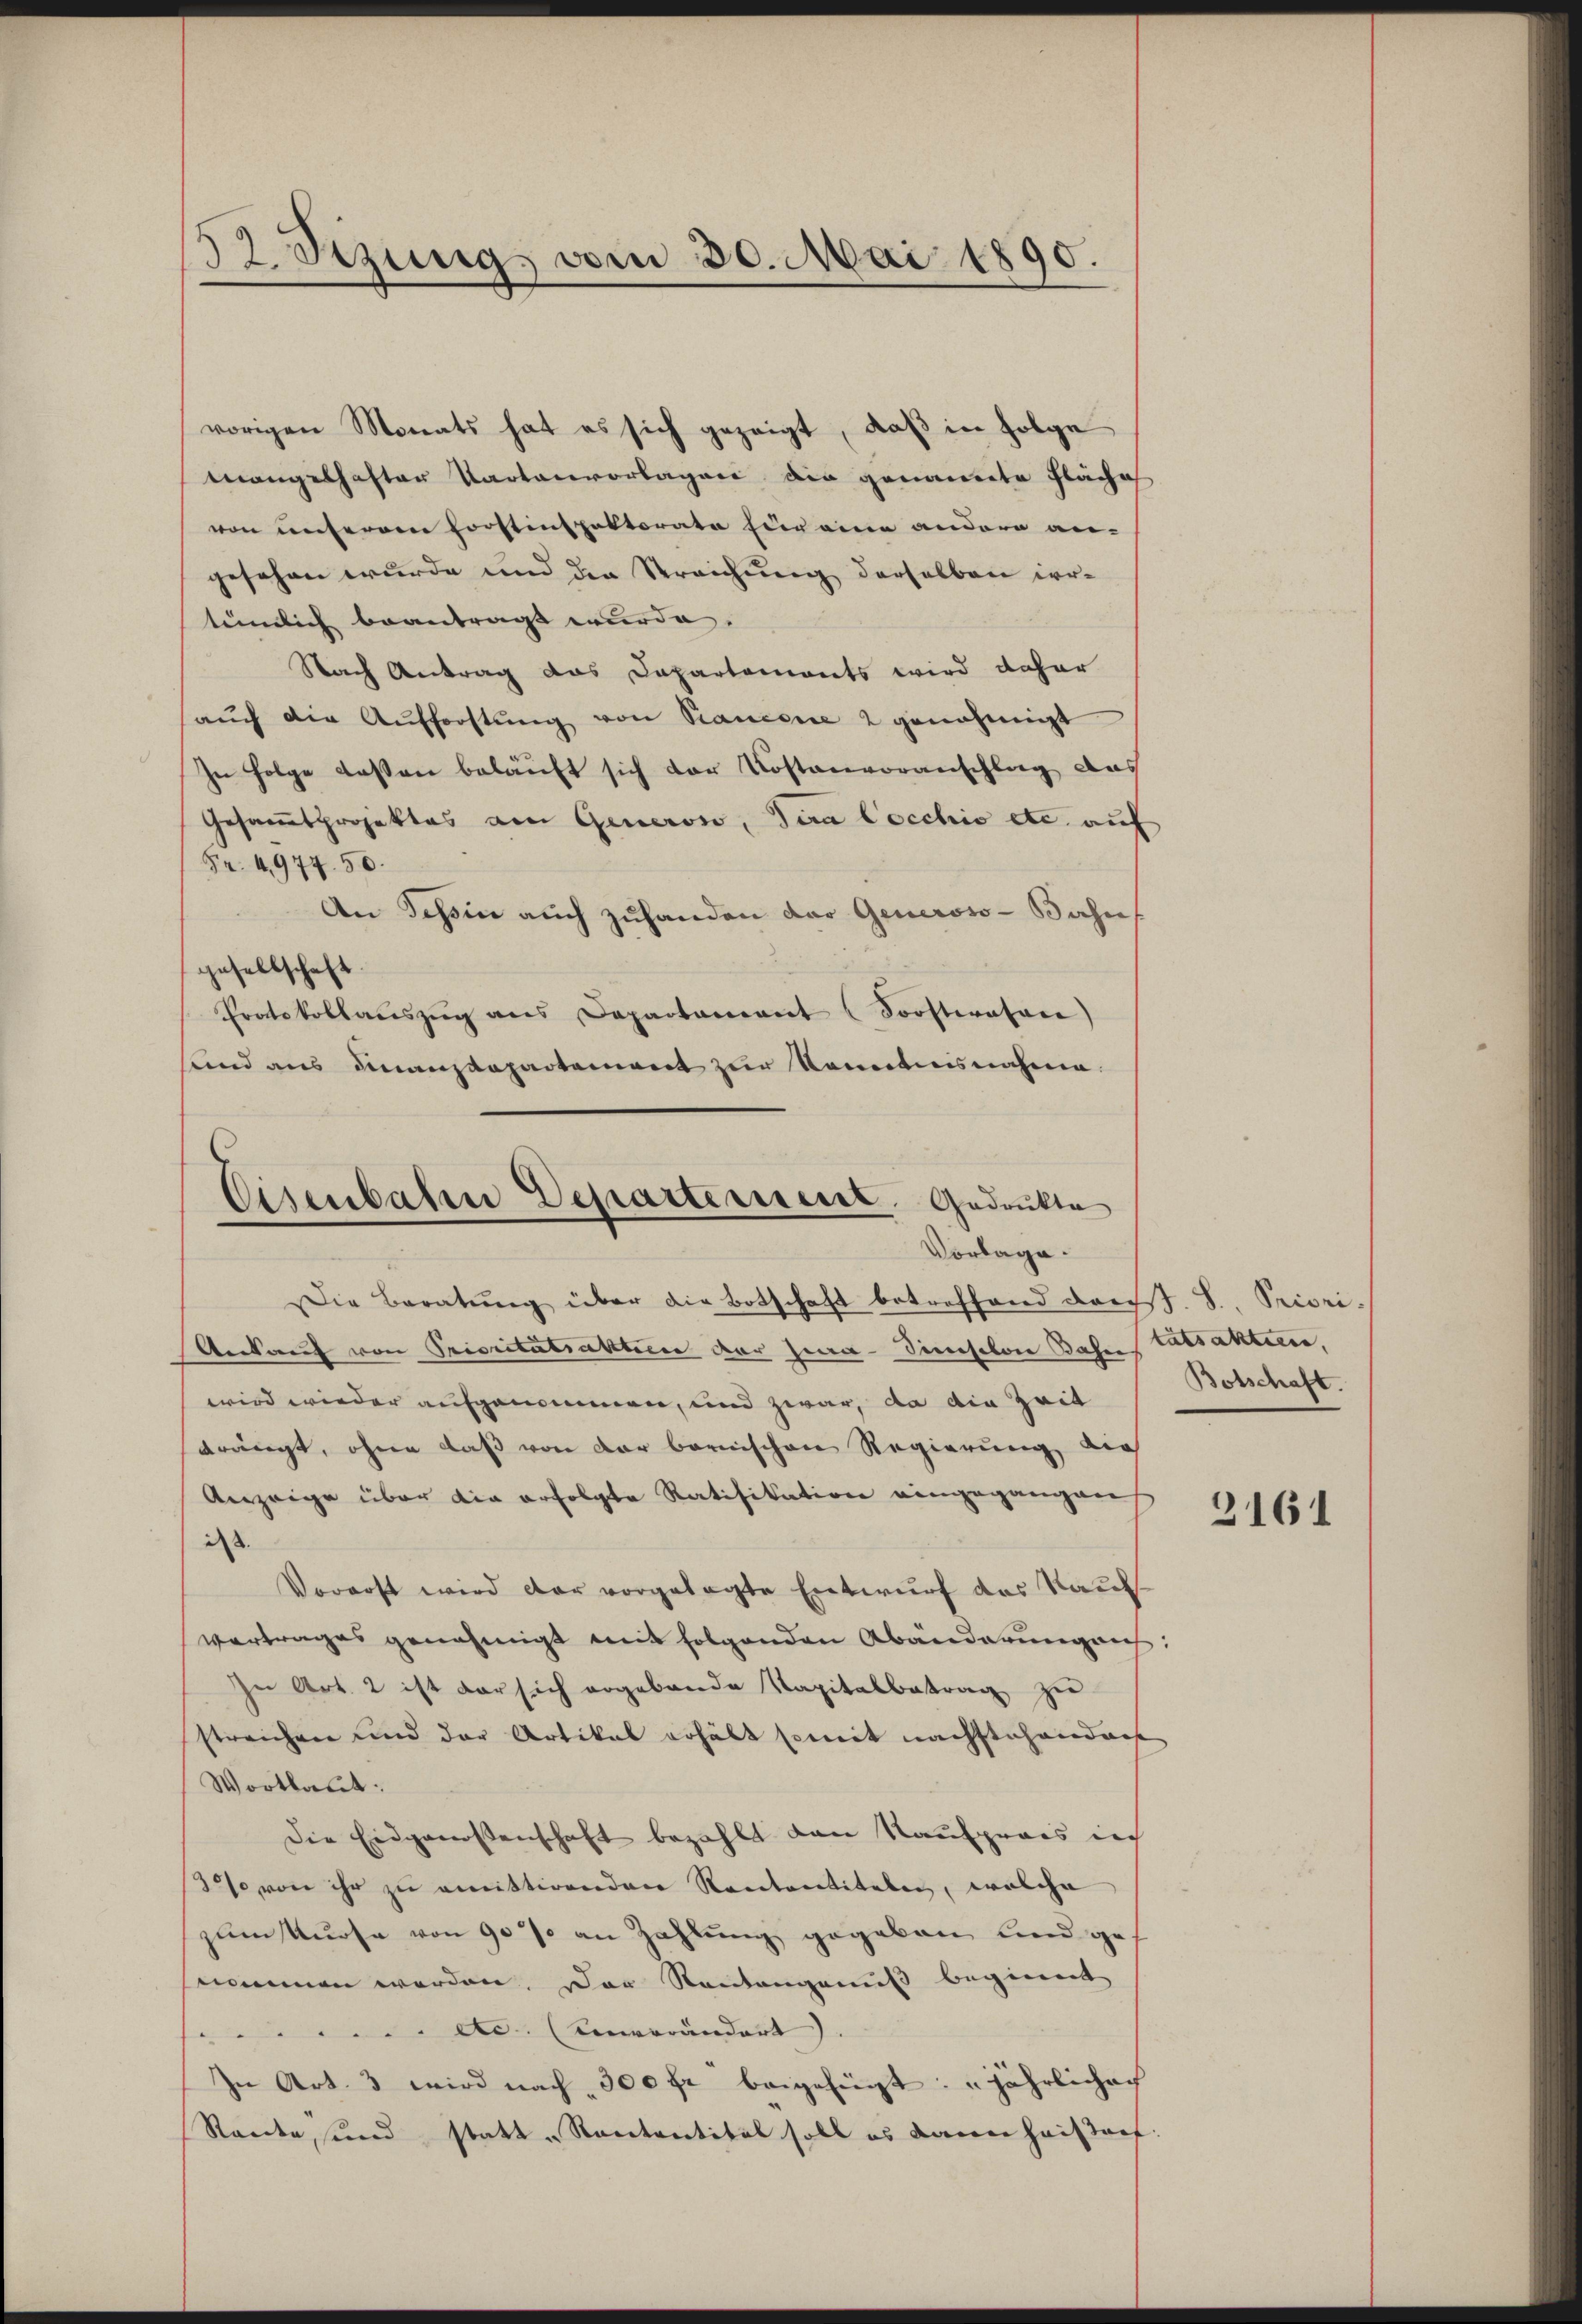
52. Setzung vom 30. Mai 1890.

vorigen Monats hat es sich gezeigt, daß in Folge
mangelhaften Kartenvorlagen ain genannte Fläches
von unserem Forstinspektorate für eine andern an-
gesehen wurde und der Streichung derselben irrtümlich beantragt wurde.
Nach Antrag das Departements wird daher
saŭch die Aufforstŭng von Piancene 2 genehmigt
In Folge dassen beläuft sich der Kostenvoranschlag das
Gesamtprojektes am Generos, Tira Cocchio etc. auf
Fr. 4977. 50.
An Tessin auch zuhanden der Generoso-Bahn
gesellschaft
Protokollaŭszŭg ans Departament (Sorsteratore
und aus Finanzdepartement zur Nominisnahme.

Cisenbahre Departement. Gedrukte
Vorlage.

Die Beratŭng über die Botschaft betreffend desst. S. Priori¬
Verkauf von Prioritätsakterie der Hera-Sinoschon Bahn Tatsaktien,
wird wieder aufgenommen, und zwar, da die Zeit
drängt, ohne daß von der bernischen Regierung auch
Anzeige über die erfolgte Ratifikation eingegangen
i
Vorerst wird der vorgelegte Entwurf das Kauf
vertrages genehmigt mit folgenden Abänderung aus:
In Art. 2 ist der sich ergebende Kapitalbetrag zu
streichen und der Artikal erhält somit nächstehendach
Wortlaut:
Die Eidgenossenschaft bezahlt dann Kaufpreis in
30% von ihr zu emittirenden Rentantitaten, welche
zum Kurse von 90 % an Zahlung gegeben und geh
nommen werden. Der Rentangenuß beginnent
Ac. (Unverändert). |
In Art. 3 wird nach 300 fr beigefügt: "jährlichach
Rante, sind statt „Kantantital soll es dann haistorf:

Botschaft.

2161